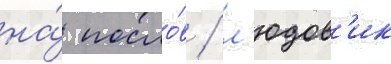
на́ посло́в / л'юдов'ик